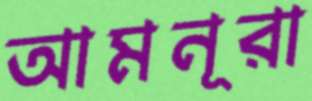
আমনূরা